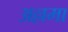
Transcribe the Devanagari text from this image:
अल्लमा